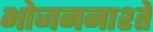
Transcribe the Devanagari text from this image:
भोजननाश्ते